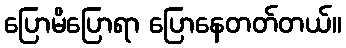
ပြောမိပြောရာ ပြောနေတတ်တယ်။